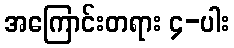
အကြောင်းတရား ၄-ပါး